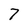
Character: 7